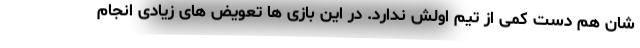
شان هم دست کمی از تیم اولش ندارد. در این بازی ها تعویض های زیادی انجام